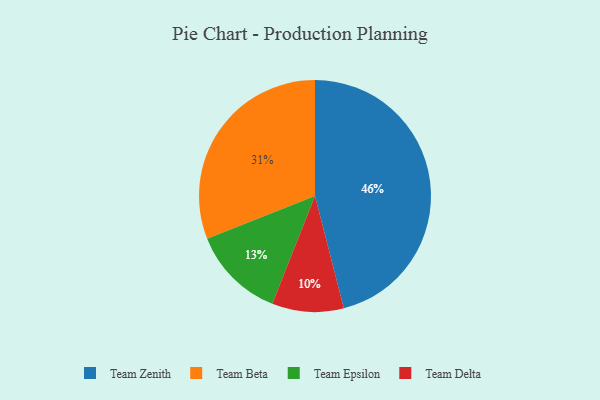
{"axis": {"x": "Category", "y": "Percentage"}, "legend": ["Team Beta", "Team Delta", "Team Epsilon", "Team Zenith"], "data": [{"x": "Team Beta", "y": 31, "type": "Team Beta"}, {"x": "Team Delta", "y": 10, "type": "Team Delta"}, {"x": "Team Zenith", "y": 46, "type": "Team Zenith"}, {"x": "Team Epsilon", "y": 13, "type": "Team Epsilon"}]}